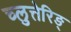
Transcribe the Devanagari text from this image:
च्लुत्तेरिङ्